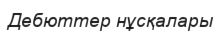
Дебюттер нұсқалары